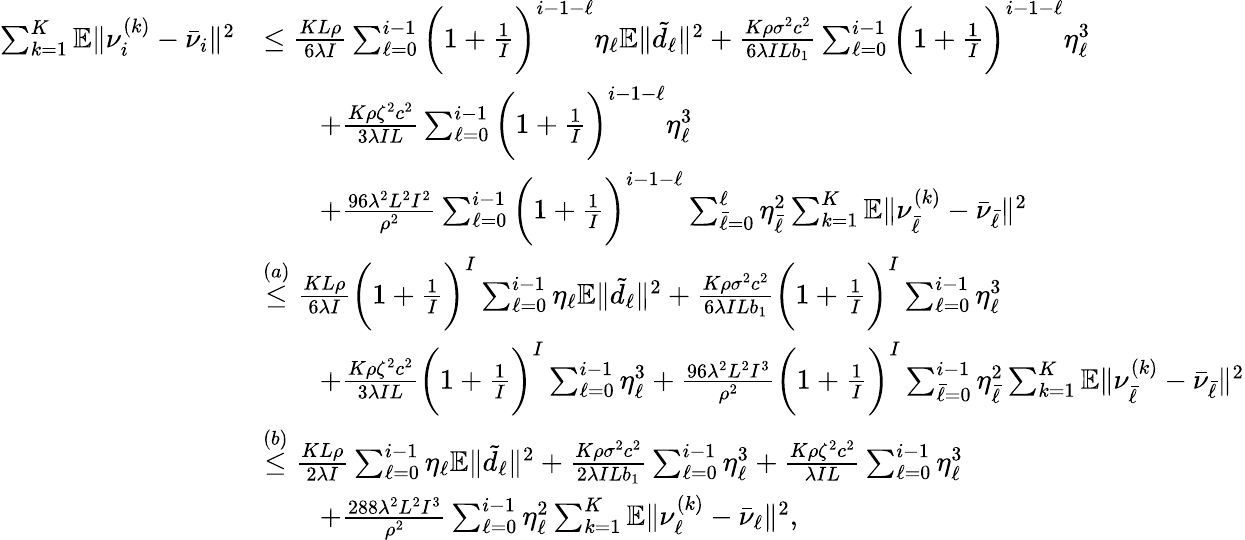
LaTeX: \begin{array}{rl}{\sum_{k=1}^{K}\mathbb{E}\| \nu_{i}^{(k)}-\bar{\nu}_{i}\| ^{2}}&{\leq\frac{KL\rho}{6\lambda I}\sum_{\ell=0}^{i-1}{\bigg(1+\frac{1}{I}\bigg)^{i-1-\ell}}\eta_{\ell}\mathbb{E}\| \tilde{d}_{\ell}\| ^{2}+{\frac{K\rho\sigma^{2}c^{2}}{6\lambda ILb_{1}}}\sum_{\ell=0}^{i-1}{\bigg(1+\frac{1}{I}\bigg)^{i-1-\ell}}\eta_{\ell}^{3}}\\ &{\qquad+{\frac{K\rho\zeta^{2}c^{2}}{3\lambda IL}}\sum_{\ell=0}^{i-1}{\bigg(1+\frac{1}{I}\bigg)^{i-1-\ell}}\eta_{\ell}^{3}}\\ &{\qquad+\frac{96\lambda^{2}L^{2}I^{2}}{\rho^{2}}\sum_{\ell={0}}^{i-1}\bigg(1+\frac{1}{I}\bigg)^{i-1-\ell}\sum_{\bar{\ell}=0}^{\ell}\eta_{\bar{\ell}}^{2}\sum_{k=1}^{K}\mathbb{E}\| \nu_{\bar{\ell}}^{(k)}-\bar{\nu}_{\bar{\ell}}\| ^{2}}\\ &{\overset{(a)}{\leq}\frac{KL\rho}{6\lambda I}\bigg(1+\frac{1}{I}\bigg)^{I}\sum_{\ell=0}^{i-1}\eta_{\ell}\mathbb{E}\| \tilde{d}_{\ell}\| ^{2}+{\frac{K\rho\sigma^{2}c^{2}}{6\lambda ILb_{1}}}\bigg(1+\frac{1}{I}\bigg)^{I}\sum_{\ell=0}^{i-1}\eta_{\ell}^{3}}\\ &{\qquad+{\frac{K\rho\zeta^{2}c^{2}}{3\lambda IL}}\bigg(1+\frac{1}{I}\bigg)^{I}\sum_{\ell=0}^{i-1}\eta_{\ell}^{3}+\frac{96\lambda^{2}L^{2}I^{3}}{\rho^{2}}\bigg(1+\frac{1}{I}\bigg)^{I}\sum_{\bar{\ell}=0}^{i-1}\eta_{\bar{\ell}}^{2}\sum_{k=1}^{K}\mathbb{E}\| \nu_{\bar{\ell}}^{(k)}-\bar{\nu}_{\bar{\ell}}\| ^{2}}\\ &{\overset{(b)}{\leq}\frac{KL\rho}{2\lambda I}\sum_{\ell=0}^{i-1}\eta_{\ell}\mathbb{E}\| \tilde{d}_{\ell}\| ^{2}+{\frac{K\rho\sigma^{2}c^{2}}{2\lambda ILb_{1}}}\sum_{\ell=0}^{i-1}\eta_{\ell}^{3}+{\frac{K\rho\zeta^{2}c^{2}}{\lambda IL}}\sum_{\ell=0}^{i-1}\eta_{\ell}^{3}}\\ &{\qquad+\frac{288\lambda^{2}L^{2}I^{3}}{\rho^{2}}\sum_{\ell=0}^{i-1}\eta_{\ell}^{2}\sum_{k=1}^{K}\mathbb{E}\| \nu_{\ell}^{(k)}-\bar{\nu}_{\ell}\| ^{2},}\end{array}